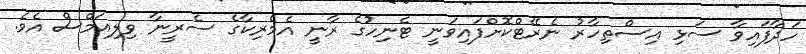
ހަދާފައިވާ ސަޅި އިސްތިހާރު ނެރޭޓްކޮށްފައިވަނީ ޓެނިހުގެ ރާނީ އެމެރިކާގެ ސެރީނާ ވިލިއަމްސް އެވެ.